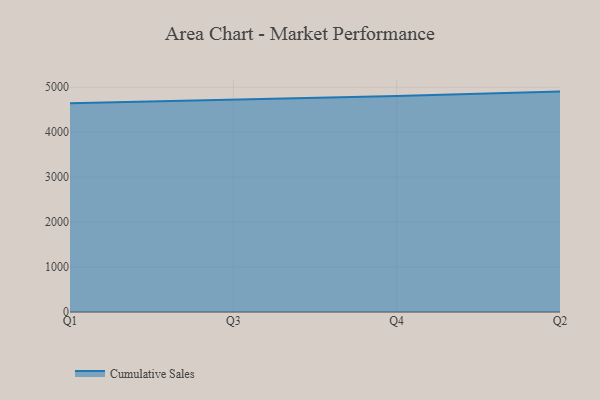
{"axis": {"x": "Quarter", "y": "Inventory Turnover"}, "legend": ["Cumulative Sales"], "data": [{"x": "Q1", "y": 4640.6, "type": "Cumulative Sales"}, {"x": "Q3", "y": 4719.4, "type": "Cumulative Sales"}, {"x": "Q4", "y": 4803.3, "type": "Cumulative Sales"}, {"x": "Q2", "y": 4902.3, "type": "Cumulative Sales"}]}